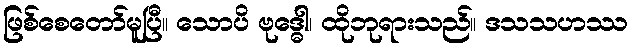
ဖြစ်စေတော်မူပြီ။ သောပိ ဗုဒ္ဓေါ၊ ထိုဘုရားသည်။ ဒသသဟဿ